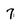
Character: 7